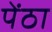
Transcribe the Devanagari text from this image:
पेंठा